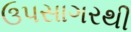
ઉપસાગરથી